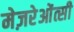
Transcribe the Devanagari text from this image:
मेज़रेओंत्सी